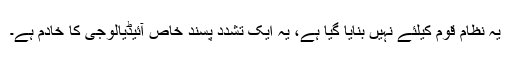
یہ نظام قوم کیلئے نہیں بنایا گیا ہے، یہ ایک تشدد پسند خاص آئیڈیالوجى کا خادم ہے۔